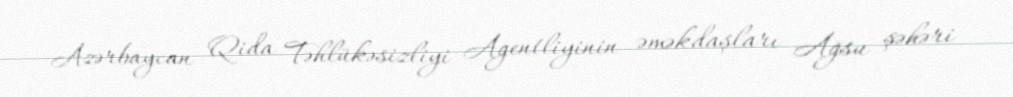
Azərbaycan Qida Təhlükəsizliyi Agentliyinin əməkdaşları Ağsu şəhəri